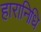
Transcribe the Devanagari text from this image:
हारानिधि